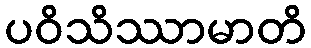
ပဝိသိဿာမာတိ